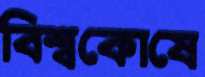
বিশ্বকোষে